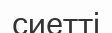
сиетті